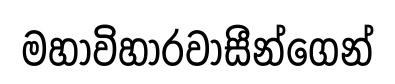
මහාවිහාරවාසීන්ගෙන්